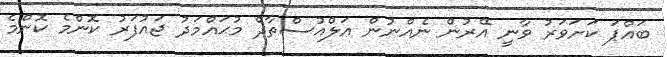
ބައްޕަ ކަށަވަރު ވާނީ އޭރުން ނެއްނުން އަލްއުސްތާޛް މުޙައްމަދު ޖައުފަރު ކޮންމެ ކޮންމެ